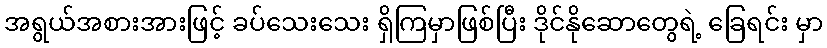
အရွယ်အစားအားဖြင့် ခပ်သေးသေး ရှိကြမှာဖြစ်ပြီး ဒိုင်နိုဆောတွေရဲ့ ခြေရင်း မှာ